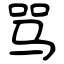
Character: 骂